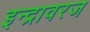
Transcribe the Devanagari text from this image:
इन्द्रावरज